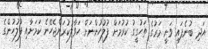
އަދި ބުނެފައި ވަނީ މަރުގެ ތަހުގީގު ކުރުމަށް ފުލުހުންނަށް ހަވާލުކުރަންޖެހޭނެ ކަމަށާއި ފުލުހުންގެ